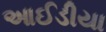
આઈડીયા